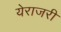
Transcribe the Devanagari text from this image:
येराजरी